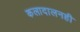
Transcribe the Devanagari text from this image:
कलादालनही